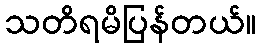
သတိရမိပြန်တယ်။